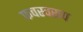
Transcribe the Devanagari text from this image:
फवस्वरूप